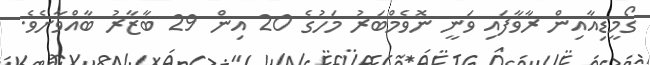
ގޯމީޑިއާއިން ރާވާފައި ވަނީ ނޮވެމްބަރު މަހުގެ 20 އިން 29 ބާޒާރު ބާއްވާށެވެ.